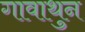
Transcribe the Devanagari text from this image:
गावाथुन